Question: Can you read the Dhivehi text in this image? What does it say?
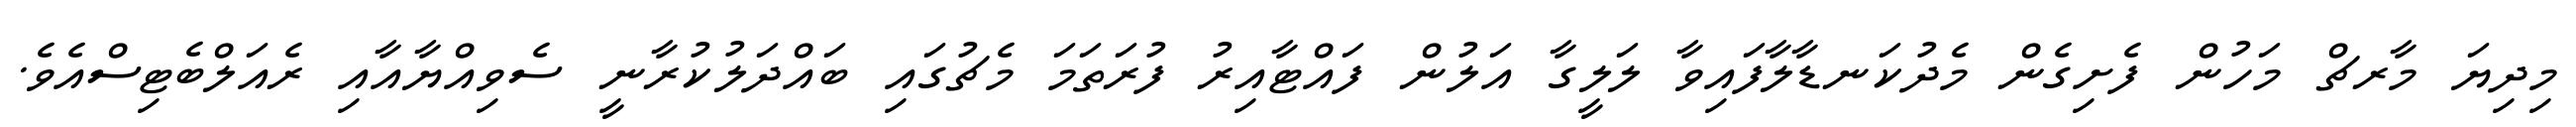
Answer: މިދިޔަ މާރޗް މަހުން ފެށިގެން މެދުކަނޑާލާފައިވާ ލަލީގާ އަލުން ފައްޓާއިރު ފުރަތަމަ މެޗުގައި ބައްދަލުކުރާނީ ސެވިއްޔާއާއި ރެއަލްބެޓިސްއެވެ.